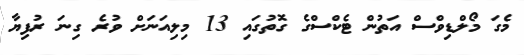
މެގަ މޯލްޑިވްސް އަތުން ޓެކްސްގެ ގޮތުގައި 13 މިލިއަނަށް ވުރެ ގިނަ ރުފިޔާ